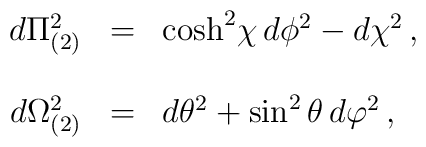
\begin{array}{rcl}d\Pi_{(2)}^{2} & = & {\rm cosh}^{2}\chi\, d\phi^{2} -d\chi^{2}  \, ,\\& & \\d\Omega_{(2)}^{2} & = & d\theta^{2}+\sin^{2}{\theta}\,d\varphi^{2}\, ,\\  \end{array}